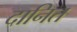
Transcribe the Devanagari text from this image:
दानित